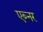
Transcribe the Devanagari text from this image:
एब्नर